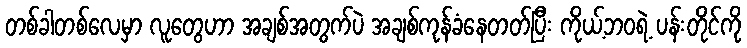
တစ်ခါတစ်လေမှာ လူတွေဟာ အချစ်အတွက်ပဲ အချစ်ကုန်ခံနေတတ်ပြီး ကိုယ့်ဘဝရဲ့ ပန်းတိုင်ကို